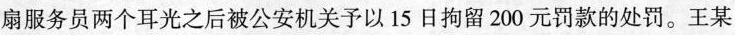
扇服务员两个耳光之后被公安机关予以15日拘留200元罚款的处罚。王某